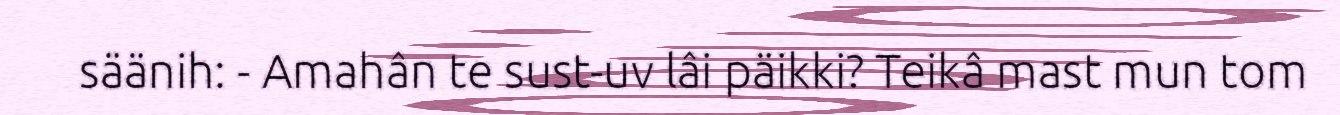
säänih: - Amahân te sust-uv lâi päikki? Teikâ mast mun tom